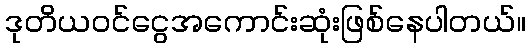
ဒုတိယဝင်ငွေအကောင်းဆုံးဖြစ်နေပါတယ်။